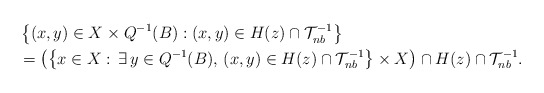
\begin{align*}&~ \left\{ (x,y) \in X \times Q^{-1}(B) : (x,y) \in H(z) \cap \mathcal{T}^{-1}_{nb} \right\} \crcr&~ = \left( \left\{ x\in X : \, \exists\, y \in Q^{-1}(B),\, (x,y) \in H(z) \cap \mathcal{T}^{-1}_{nb} \right\} \times X \right) \cap H(z) \cap \mathcal{T}^{-1}_{nb}.\end{align*}